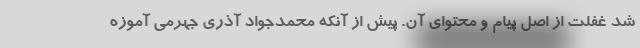
شد غفلت از اصل پیام و محتوای آن. پیش از آنکه محمدجواد آذری جهرمی آموزه